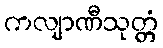
ကလျာဏီသုတ္တံ